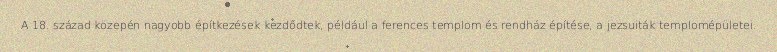
A 18. század közepén nagyobb építkezések kezdődtek, például a ferences templom és rendház építése, a jezsuiták templomépületei.